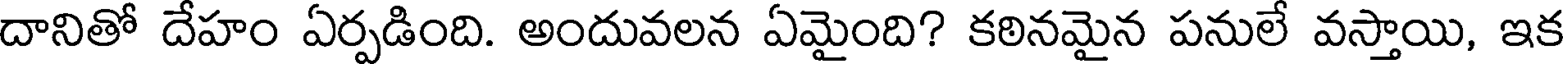
దానితో దేహం ఏర్పడింది. అందువలన ఏమైంది? కఠినమైన పనులే వస్తాయి, ఇక